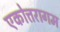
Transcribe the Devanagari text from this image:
एकोत्तरागम